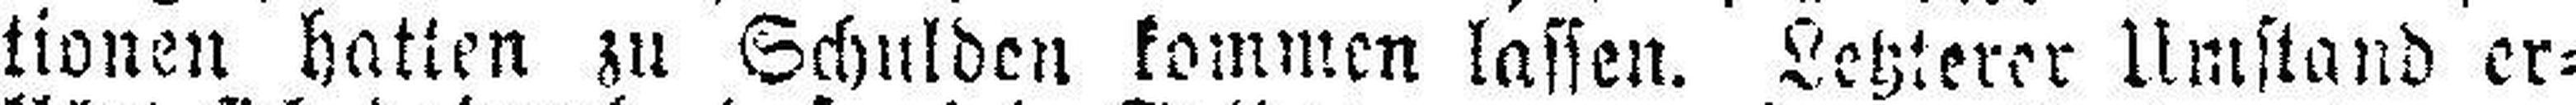
tionen hatten zu Schulden kommen lassen. Letzterer Umstand er¬